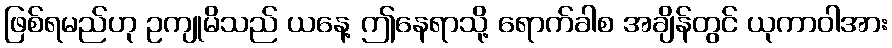
ဖြစ်ရမည်ဟု ဥကျုမိသည် ယနေ့ ဤနေရာသို့ ရောက်ခါစ အချိန်တွင် ယုကာဝါအား